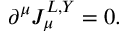
\partial ^ { \mu } J _ { \mu } ^ { L , Y } = 0 .